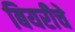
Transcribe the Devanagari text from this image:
बियरीचे